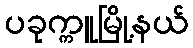
ပခုက္ကူမြို့နယ်